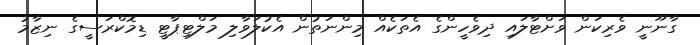
ގާނޫނީ ވެރިކަން ވަށްޓާލައި ދިވެހީންގެ އެތަކެއް މިންނަތުން އެކުލަވާލި މަލްޓިޕާޓީ ޑިމޮކްރަސީގެ ނިޒާމު